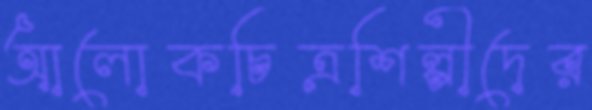
আলোকচিত্রশিল্পীদের